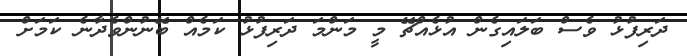
ދަރިފުޅު ވެސް ބަލައިގެން އުޅެއްޗޭ މީ މަންމަ ދަރިފުޅު ކަމެއް ބޭނުންވެދާނެ ކަމަށް